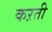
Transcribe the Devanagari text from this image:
कऱती